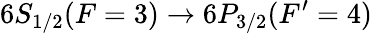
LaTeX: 6S_{1/2}(F=3)\rightarrow 6P_{3/2}(F^{\prime}=4)